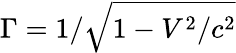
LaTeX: \Gamma=1/\sqrt{1-V^{2}/c^{2}}